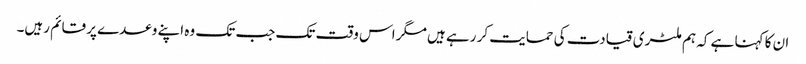
ان کا کہنا ہے کہ ہم ملٹری قیادت کی حمایت کر رہے ہیں مگر اس وقت تک جب تک وہ اپنے وعدے پر قائم رہیں۔